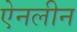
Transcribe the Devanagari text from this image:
ऐनलीन